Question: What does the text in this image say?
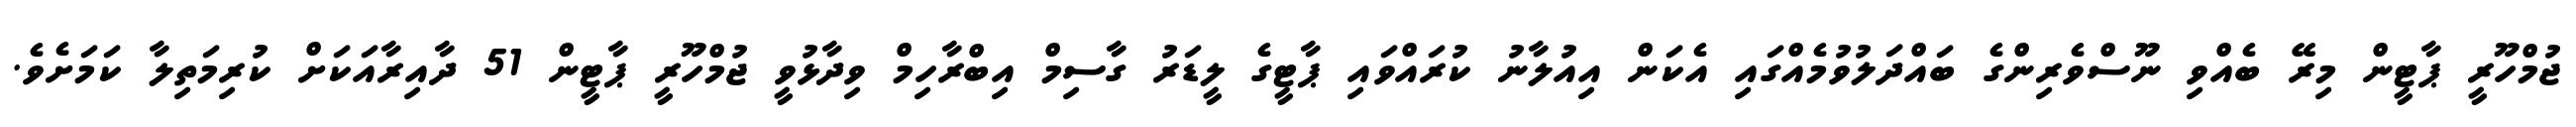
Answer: ޖުމްހޫރީ ޕާޓީން މިރޭ ބެއްވި ނޫސްވެރިންގެ ބައްދަލުވުމެއްގައި އެކަން އިއުލާނު ކުރައްވައި ޕާޓީގެ ލީޑަރު ގާސިމް އިބްރާހިމް ވިދާޅުވީ ޖުމްހޫރީ ޕާޓީން 51 ދާއިރާއަކަށް ކުރިމަތިލާ ކަމަށެވެ.